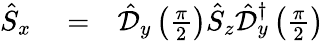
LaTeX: \begin{array}{rlr}{\hat{S}_{x}}&{{}=}&{\hat{\mathcal{D}}_{y}\left(\frac{\pi}{2}\right)\hat{S}_{z}\hat{\mathcal{D}}_{y}^{\dagger}\left(\frac{\pi}{2}\right)}\end{array}